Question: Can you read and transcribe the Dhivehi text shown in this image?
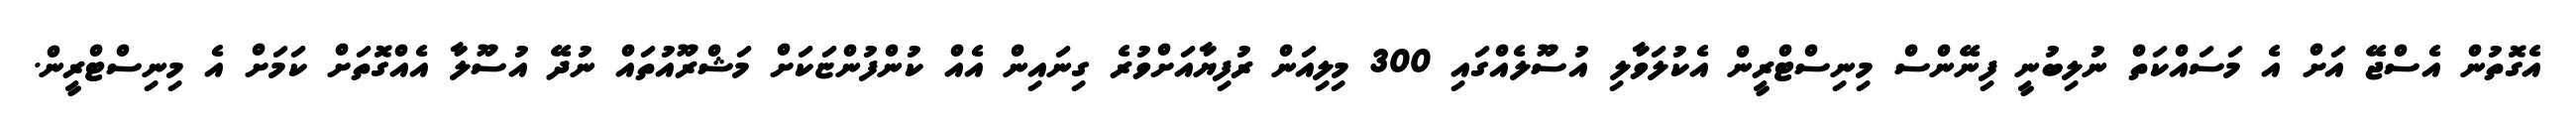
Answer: އެގޮތުން އެސްޖޭ އަށް އެ މަސައްކަތް ނުލިބުނީ ފިނޭންސް މިނިސްޓްރީން އެކުލަވާލި އުސޫލެއްގައި 300 މިލިއަން ރުފިޔާއަށްވުރެ ގިނައިން އެއް ކުންފުންޏަކަށް މަޝްރޫއުތައް ނުދޭ އުސޫލާ އެއްގޮތަށް ކަމަށް އެ މިނިސްޓްރީން.